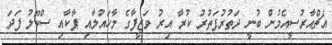
އެޗްއާރުސީއެމުން ބުނީ ދަތުރުފަތުރު ކުރާ އިރު ވަޒީފާގެ މާހައުލާއި ޕާކާއި ސްކޫލު ފަދަ